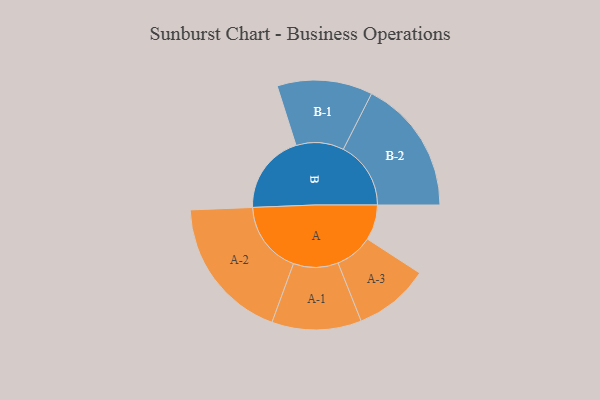
{"axis": {"x": "Segment", "y": "Value"}, "legend": ["", "A", "B"], "data": [{"x": "A", "y": 146, "type": ""}, {"x": "B", "y": 330, "type": ""}, {"x": "A-1", "y": 185, "type": "A"}, {"x": "A-2", "y": 299, "type": "A"}, {"x": "A-3", "y": 156, "type": "A"}, {"x": "B-1", "y": 197, "type": "B"}, {"x": "B-2", "y": 279, "type": "B"}]}